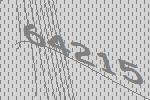
64215